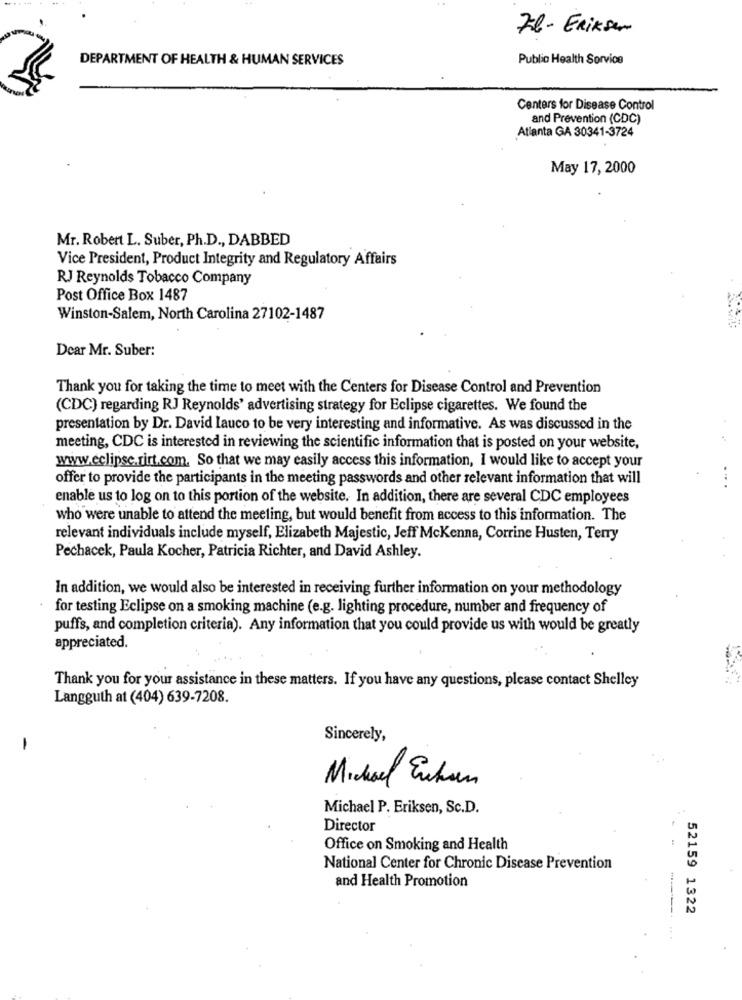
Fl - Eriksen
DEPARTMENT OF HEALTH & HUMAN SERVICES
Public Health Sorvice
Centers for Disease Control
and Prevention (CDC)
Atlanta GA 30341-3724
May 17, 2000
Mr. Robert L. Suber, Ph.D ., DABBED
Vice President, Product Integrity and Regulatory Affairs
RJ Reynolds Tobacco Company
Post Office Box 1487
Winston-Salem, North Carolina 27102-1487
Dear Mr. Suber:
Thank you for taking the time to meet with the Centers for Disease Control and Prevention
(CDC) regarding RJ Reynolds' advertising strategy for Eclipse cigarettes. We found the
presentation by Dr. David Lauco to be very interesting and informative. As was discussed in the
meeting, CDC is interested in reviewing the scientific information that is posted on your website,
www.eclipsc.rirt.com. So that we may easily access this information, I would like to accept your
offer to provide the participants in the meeting passwords and other relevant information that will
enable us to log on to this portion of the website. In addition, there are several CDC employees
who were unable to attend the meeting, but would benefit from access to this information. The
relevant individuals include myself, Elizabeth Majestic, Jeff McKenna, Corrine Husten, Terry
Pechacek, Paula Kocher, Patricia Richter, and David Ashley.
In addition, we would also be interested in receiving further information on your methodology
for testing Eclipse on a smoking machine (e.g. lighting procedure, number and frequency of
puffs, and completion criteria). Any information that you could provide us with would be greatly
appreciated.
Thank you for your assistance in these matters. If you have any questions, please contact Shelley
Langguth at (404) 639-7208.
Sincerely,
Michael Enchan
Michael P. Eriksen, Sc.D.
Director
Office on Smoking and Health
National Center for Chronic Disease Prevention
and Health Promotion
52159 1322